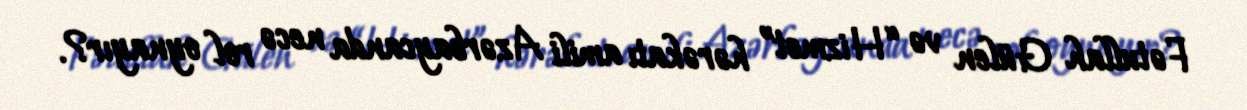
Fətullah Gülen və “Hizmet” hərəkatı amili Azərbaycanda necə rol oynayır?.